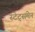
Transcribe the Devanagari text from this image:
स्‍टेट्समेन